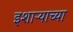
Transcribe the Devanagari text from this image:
इशाऱ्याच्या